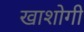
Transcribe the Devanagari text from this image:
खाशोगी